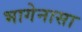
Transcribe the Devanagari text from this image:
भागेनासा